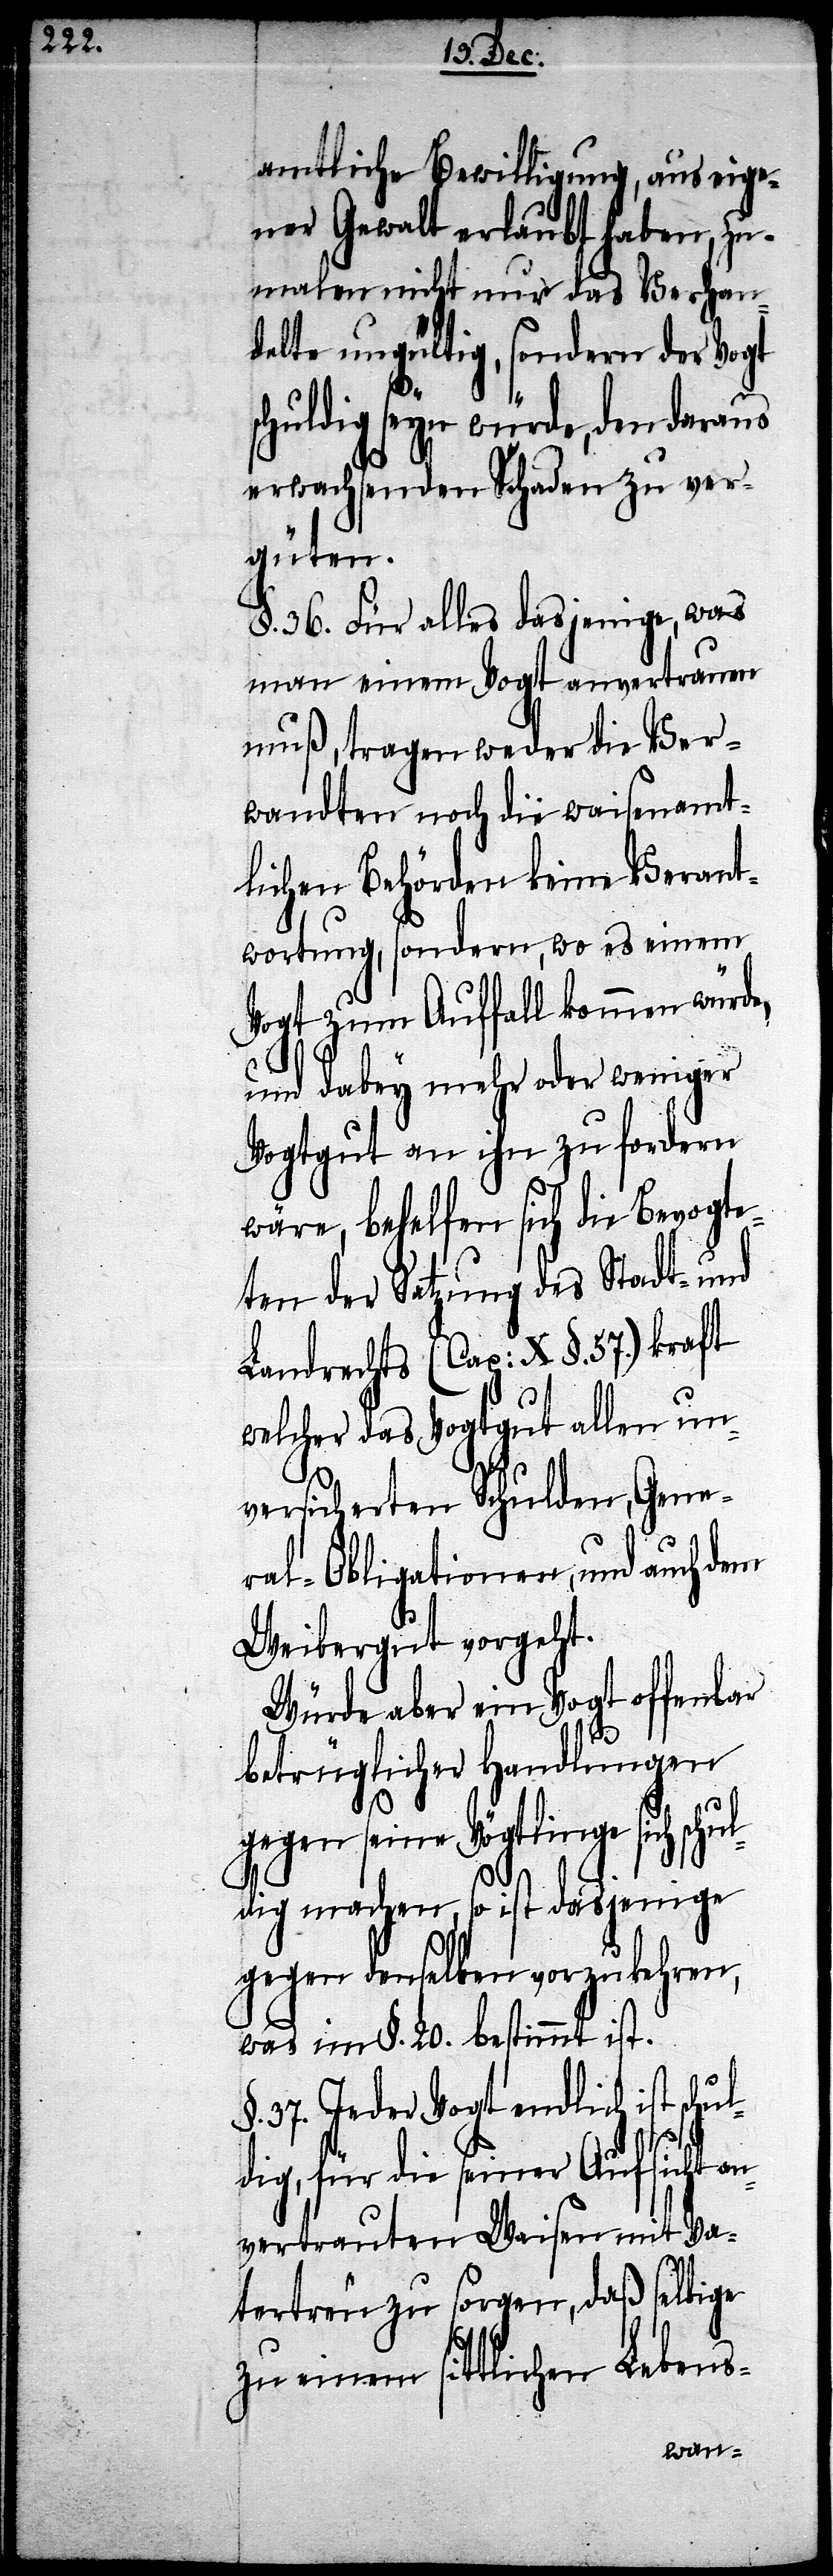
hul¬

amtliche Bewilligung, aus eige¬
ner Gewalt erlaubt haben, zu¬
malen nicht nur das Verhan¬
delte ungültig, sondern der Vogt
schuldig seyn würde, den daraus
erwachsenden Schaden zu ver¬
güten.
§. 36. Für alles dasjenige, was
man einem Vogt anvertrauen
muß, tragen weder die Ver¬
wandten noch die waisenamt¬
lichen Behörden keine Verant¬
wortung, sondern, wo es einem
Vogt zum Auffall kommen würde,
und dabey mehr oder weniger
Vogtgut an ihn zu fordern
wäre, behelfen sich die Bevogte¬
ten der Setzung des Stadt- und
Landrechts (Cap: X §. 57) kraft
welcher das Vogtgut allen un¬
versicherten Schulden, Gene¬
ral-Obligationen, und auch dem
Weibergut vorgeht.
Würde aber ein Vogt offenbar
betrüglicher Handlungen
gegen seine Vögtlinge sich schul¬
dig machen, so ist dasjenige
gegen denselben vorzukehren,
was im §. 20. bestimmt ist.
37. Jeder Vogt endlich ist sc¬
dig, für die seiner Aufsicht a¬
nvertrauten Waisen mit Va¬
tertreu zu sorgen, daß selbige
zu einem sittlichen Lebens-